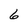
Character: 6